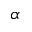
\alpha